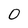
Character: O